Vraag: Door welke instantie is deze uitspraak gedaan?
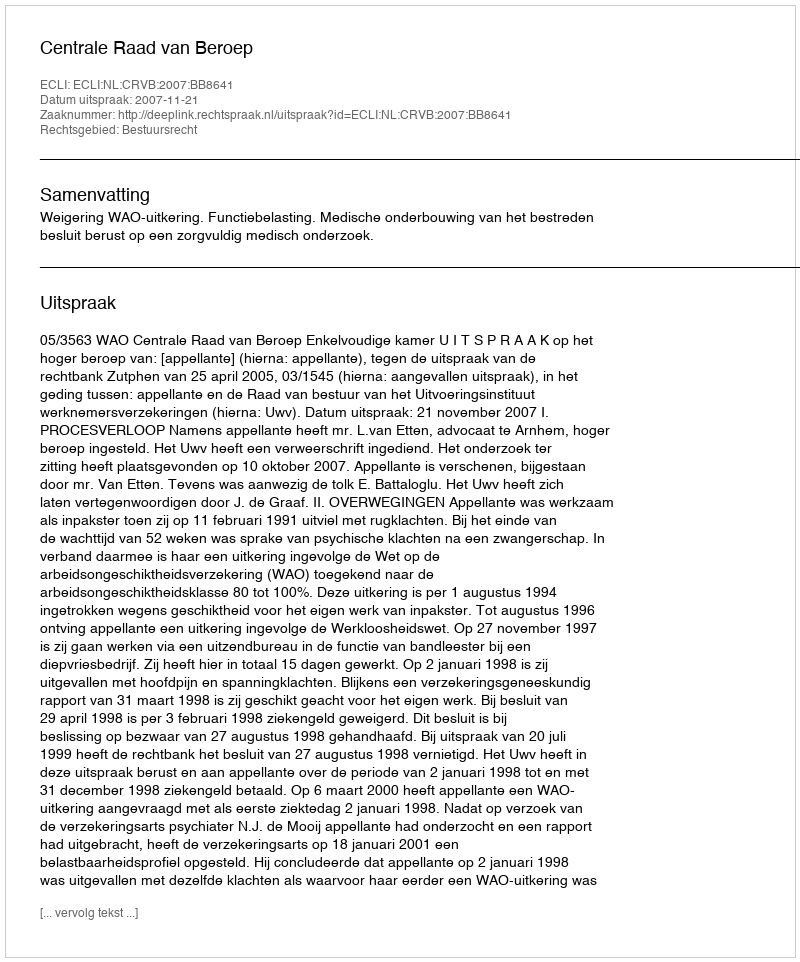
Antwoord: Centrale Raad van Beroep